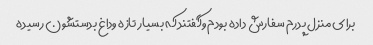
برای منزل پدرم سفارش داده بودم وگفتند که بسیار تازه وداغ بدستشون رسیده